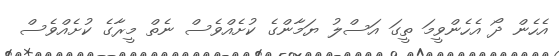
އެހެން ދޯ އެހެންވީމަ ތީގަ އަސްލު ޔަމާންގެ ކުށެއްވެސް ނެތް މީރާގެ ކުށެއްވެސް